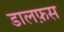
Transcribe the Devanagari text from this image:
डालफ़स